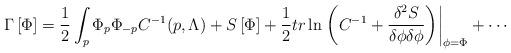
LaTeX: \begin{align*}\Gamma \left[ \Phi \right] =\frac{1}{2}\int_{p}\Phi _{p}\Phi_{-p}C^{-1}(p,\Lambda )+S\left[ \Phi \right] +\frac{1}{2}{tr}\ln \left.\left( C^{-1}+\frac{\delta ^{2}S}{\delta \phi \delta \phi }\right) \right|_{\phi =\Phi }+\cdots\end{align*}